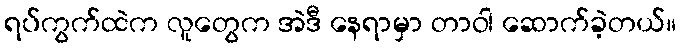
ရပ်ကွက်ထဲက လူတွေက အဲဒီ နေရာမှာ တာဝါ ဆောက်ခဲ့တယ်။